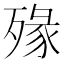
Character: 𣨶